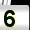
Digit: 5